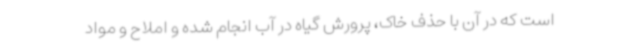
است که در آن با حذف خاک، پرورش گیاه در آب انجام شده و املاح و مواد